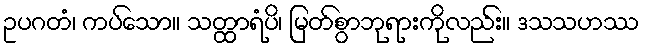
ဥပဂတံ၊ ကပ်သော။ သတ္ထာရံပိ၊ မြတ်စွာဘုရားကိုလည်း။ ဒသသဟဿ